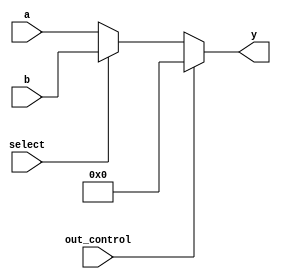
`timescale 1ns / 1ps
//////////////////////////////////////////////////////////////////////////////////
// Company:        MossbauerLab, EasySoft
// 
// Design Name: 
// Module Name:    74LS257
// Project Name:   sm2201_interface_board
// Target Devices: 
// Tool versions:  Quartus 12.1 sp1
// Description:    An implementation of chip 74LS257/258, 257 
//                 if INVERTED_OUTPUT is 0 and 258 if this value is 1
//
// Dependencies: 
//
// Revision: 
// Revision 1.0
// Additional Comments: Analog of 55511 (RU)
//
//////////////////////////////////////////////////////////////////////////////////

module SN74LS257 #
(
    parameter INVERTED_OUTPUT = 0
)
(
    input wire [3:0] a,
    input wire [3:0] b,
    input wire select,
    input wire out_control,
    output wire [3:0] y
);
    wire [3:0] selection;
    wire [3:0] internal_out;
    assign selection = select == 0 ? a : b;
    assign internal_out = INVERTED_OUTPUT == 0 ? selection : ~selection;
    
    assign y = out_control == 0 ? internal_out : 4'b0000;
endmodule